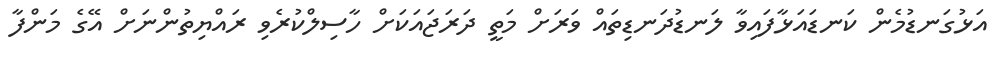
އަޅުގަނޑުމެން ކަނޑައަޅާފައިވާ ލަނޑުދަނޑިތައް ވަރަށް މަތީ ދަރަޖައަކަށް ހާސިލްކުރެވި ރައްޔިތުންނަށް އޭގެ މަންފާ